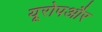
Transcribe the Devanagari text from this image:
यूरोपऔर